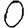
Digit: 0